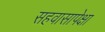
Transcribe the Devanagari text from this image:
सहवासापेक्षा